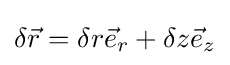
\delta {\vec {r}}=\delta r{\vec {e}}_{r}+\delta z{\vec {e}}_{z}